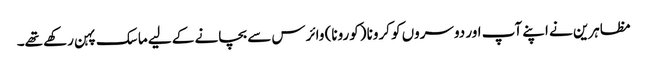
مظاہرین نے اپنے آپ اور دوسروں کو کرونا (کورونا) وائرس سے بچانے کے لیے ماسک پہن رکھے تھے۔